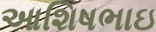
આશિષભાઇ